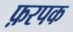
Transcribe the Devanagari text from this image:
फ़रपक